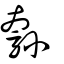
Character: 綔